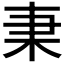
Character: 𣏲